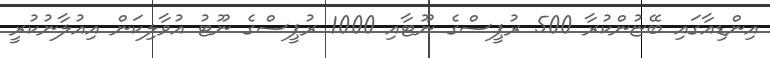
އިންޑިއާގައި ބޭޏުންކުރާ 500 ރުޕީސްގެ ނޫޓާއި 1000 ރުޕީސްގެ ނޫޓު އުވާލިކަން އިއުލާނުކުރީ